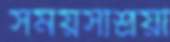
সময়সাশ্রয়ী